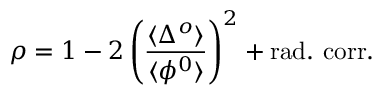
\rho = 1 - 2 \left( \frac { \langle \Delta ^ { o } \rangle } { \langle \phi ^ { 0 } \rangle } \right) ^ { 2 } + \mathrm { r a d . ~ c o r r . }